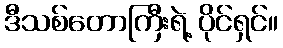
ဒီသစ်တောကြီးရဲ့ ပိုင်ရှင်။